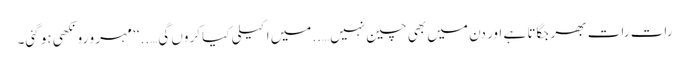
رات رات بھر جگاتا ہے اور دن میں بھی چین نہیں…..میں اکیلی کیا کروں گی…..‘‘ مہرو رونکھی ہو گئی۔